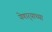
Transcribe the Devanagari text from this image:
येणार्‍याच्या